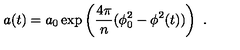
a ( t ) = a _ { 0 } \exp \left( { \frac { 4 \pi } { n } } ( \phi _ { 0 } ^ { 2 } - \phi ^ { 2 } ( t ) ) \right) \ .